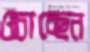
ওচাচ্ছেন